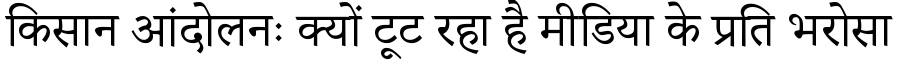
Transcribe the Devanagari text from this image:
किसान आंदोलनः क्यों टूट रहा है मीडिया के प्रति भरोसा